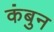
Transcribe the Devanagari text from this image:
कंबुन